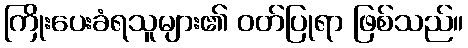
ကြိုးပေးခံရသူများ၏ ဝတ်ပြုရာ ဖြစ်သည်။